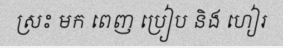
ស្រះ មក ពេញ ប្រៀប និង ហៀរ